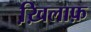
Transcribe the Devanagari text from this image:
ख़ि़लाफ़